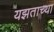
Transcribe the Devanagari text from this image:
यझताच्या